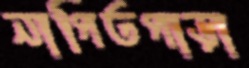
নাপিতপাড়া